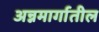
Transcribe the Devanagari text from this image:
अन्नमार्गातील